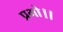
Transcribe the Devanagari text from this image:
प्रभो।।